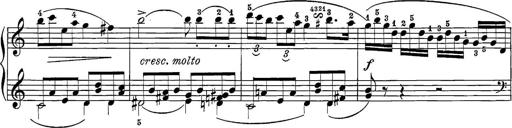
Title: 12 Sonatine per Pianoforte
Composer: Friedrich Kuhlau